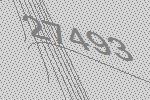
27493